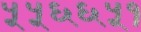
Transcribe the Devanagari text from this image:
५५६६५१